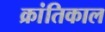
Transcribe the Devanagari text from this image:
क्रांतिकाल